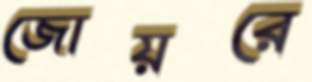
জোয়রে